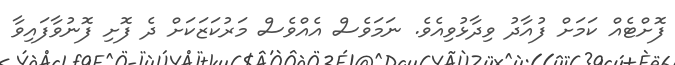
ފޮށްޓެއް ކަމަށް ފުއާދު ވިދާޅުވިއެވެ. ނަމަވެސް އެއްވެސް މަރުކަޒަކަށް ދެ ފޮށި ފޮނުވާފައިވާ